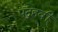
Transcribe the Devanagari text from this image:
पद्रहवीं